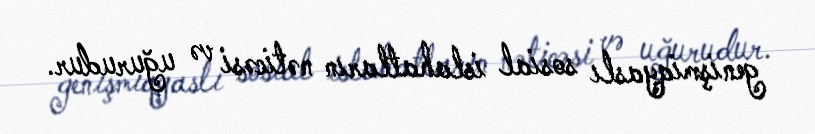
genişmiqyaslı sosial islahatların nəticəsi və uğurudur.